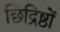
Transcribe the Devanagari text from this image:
छिद्रिष्ठों